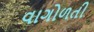
વાગોળતી